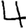
Digit: 4